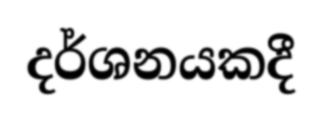
දර්ශනයකදී